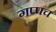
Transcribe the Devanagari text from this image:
गप्पच